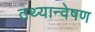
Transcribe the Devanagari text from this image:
तथ्यान्वेषण